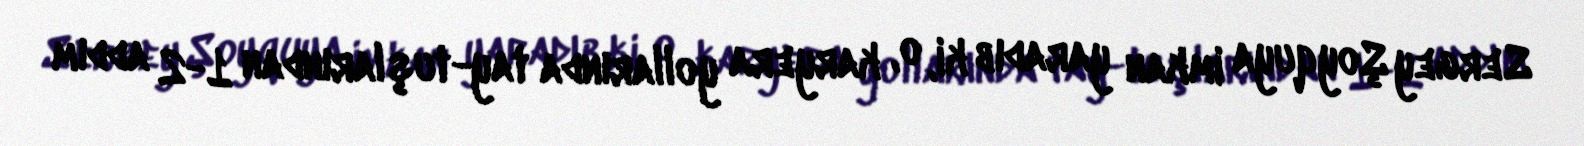
Sergey Şoyquya imkan yaradıb ki, o, karyera yollarında tay-tuşlarından 1-2 addım